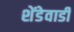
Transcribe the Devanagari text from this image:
शेंडेवाडी